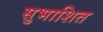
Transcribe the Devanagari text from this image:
सुभाशित